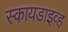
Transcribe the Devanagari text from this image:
स्कायडाइव्ह